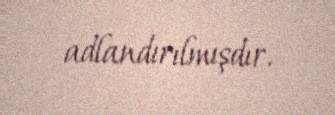
adlandırılmışdır.